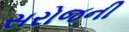
સરોજની